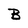
Character: B